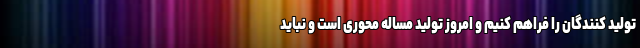
تولید کنندگان را فراهم کنیم و امروز تولید مساله محوری است و نباید